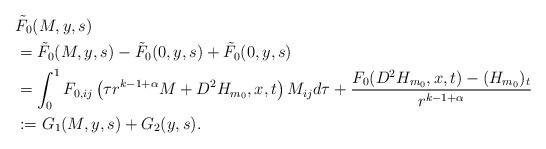
LaTeX: \begin{align*} \begin{aligned}&\tilde{F}_0(M,y,s)\\&=\tilde{F}_0(M,y,s)-\tilde{F}_0(0,y,s)+\tilde{F}_0(0,y,s)\\ &=\int_{0}^{1} F_{0,ij}\left(\tau r^{k-1+\alpha} M+D^2H_{m_0},x,t\right)M_{ij}d\tau +\frac{F_0(D^2H_{m_0},x,t)-(H_{m_0})_t}{r^{k-1+\alpha}}\\ &:=G_1(M,y,s)+G_2(y,s). \end{aligned}\end{align*}